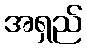
အရှည်